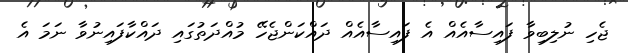
ޖެހި ނުލިބިވާ ފައިސާއެއް އެ ފައިސާއެއް ދައްކަންޖެހޭ މުއްދަތުގައި ދައްކާފައިނުވާ ނަމަ އެ